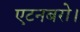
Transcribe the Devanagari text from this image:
एटनबरो।